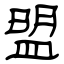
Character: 盟